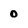
Character: 0